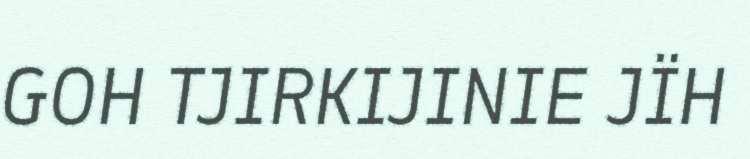
GOH TJIRKIJINIE JÏH